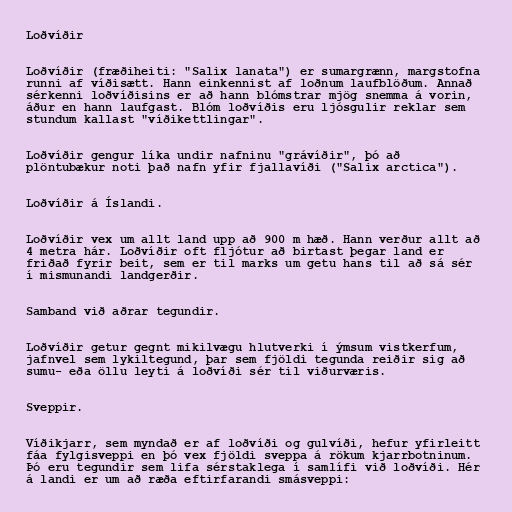
Loðvíðir

Loðvíðir (fræðiheiti: "Salix lanata") er sumargrænn, margstofna
runni af víðisætt. Hann einkennist af loðnum laufblöðum. Annað
sérkenni loðvíðisins er að hann blómstrar mjög snemma á vorin,
áður en hann laufgast. Blóm loðvíðis eru ljósgulir reklar sem
stundum kallast "víðikettlingar".

Loðvíðir gengur líka undir nafninu "grávíðir", þó að
plöntubækur noti það nafn yfir fjallavíði ("Salix arctica").

Loðvíðir á Íslandi.

Loðvíðir vex um allt land upp að 900 m hæð. Hann verður allt að
4 metra hár. Loðvíðir oft fljótur að birtast þegar land er
friðað fyrir beit, sem er til marks um getu hans til að sá sér
í mismunandi landgerðir.

Samband við aðrar tegundir.

Loðvíðir getur gegnt mikilvægu hlutverki í ýmsum vistkerfum,
jafnvel sem lykiltegund, þar sem fjöldi tegunda reiðir sig að
sumu- eða öllu leyti á loðvíði sér til viðurværis.

Sveppir.

Víðikjarr, sem myndað er af loðvíði og gulvíði, hefur yfirleitt
fáa fylgisveppi en þó vex fjöldi sveppa á rökum kjarrbotninum.
Þó eru tegundir sem lifa sérstaklega í samlífi við loðvíði. Hér
á landi er um að ræða eftirfarandi smásveppi: